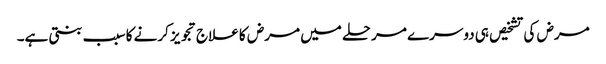
مرض کی تشخیص ہی دوسرے مرحلے میں مرض کا علاج تجویز کرنے کا سبب بنتی ہے۔